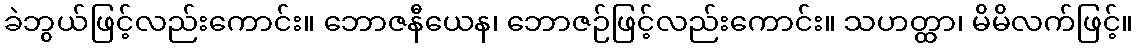
ခဲဘွယ်ဖြင့်လည်းကောင်း။ ဘောဇနီယေန၊ ဘောဇဉ်ဖြင့်လည်းကောင်း။ သဟတ္ထာ၊ မိမိလက်ဖြင့်။